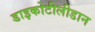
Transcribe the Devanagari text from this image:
डाइकोटीलीडान